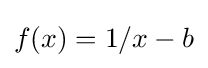
f(x)=1/x-b